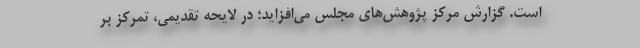
است. گزارش مرکز پژوهش‌های مجلس می‌افزاید؛ در لایحه تقدیمی، تمرکز بر